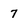
Character: 7